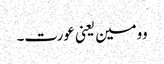
وومین یعنی عورت۔